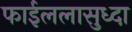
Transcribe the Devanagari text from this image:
फाईललासुध्दा